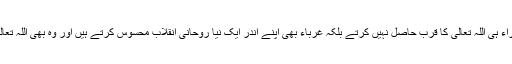
چنانچہ روزوں کے نتیجہ میں صرف امراء ہی اللہ تعالیٰ کا قرب حاصل نہیں کرتے بلکہ غرباء بھی اپنے اندر ایک نیا روحانی انقلاب محسوس کرتے ہیں اور وہ بھی اللہ تعالیٰ کے وصال سے لطف اندوز ہوتے ہیں۔